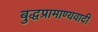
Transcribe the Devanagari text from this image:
बुद्धप्रामाण्यवादी